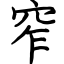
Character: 窄